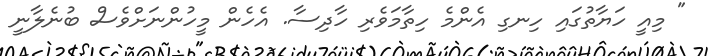
" މިއީ ހަޔާތުގައި ހިނގި އެންމެ ހިތާމަވެރި ހާދިސާ. އެހެން މީހުންނަށްވެސް ބުނެލާނީ